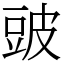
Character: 䜵